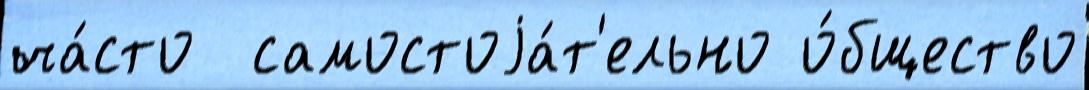
ча́сто  самостоjа́т'ельно о́бщество